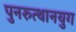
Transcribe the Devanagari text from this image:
पुनरुत्थानयुग